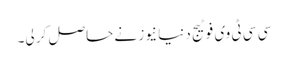
سی سی ٹی وی فوٹیج دنیا نیوز نے حاصل کر لی۔